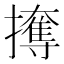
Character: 𰔳